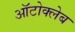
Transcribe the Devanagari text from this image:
ऑटोक्लेब